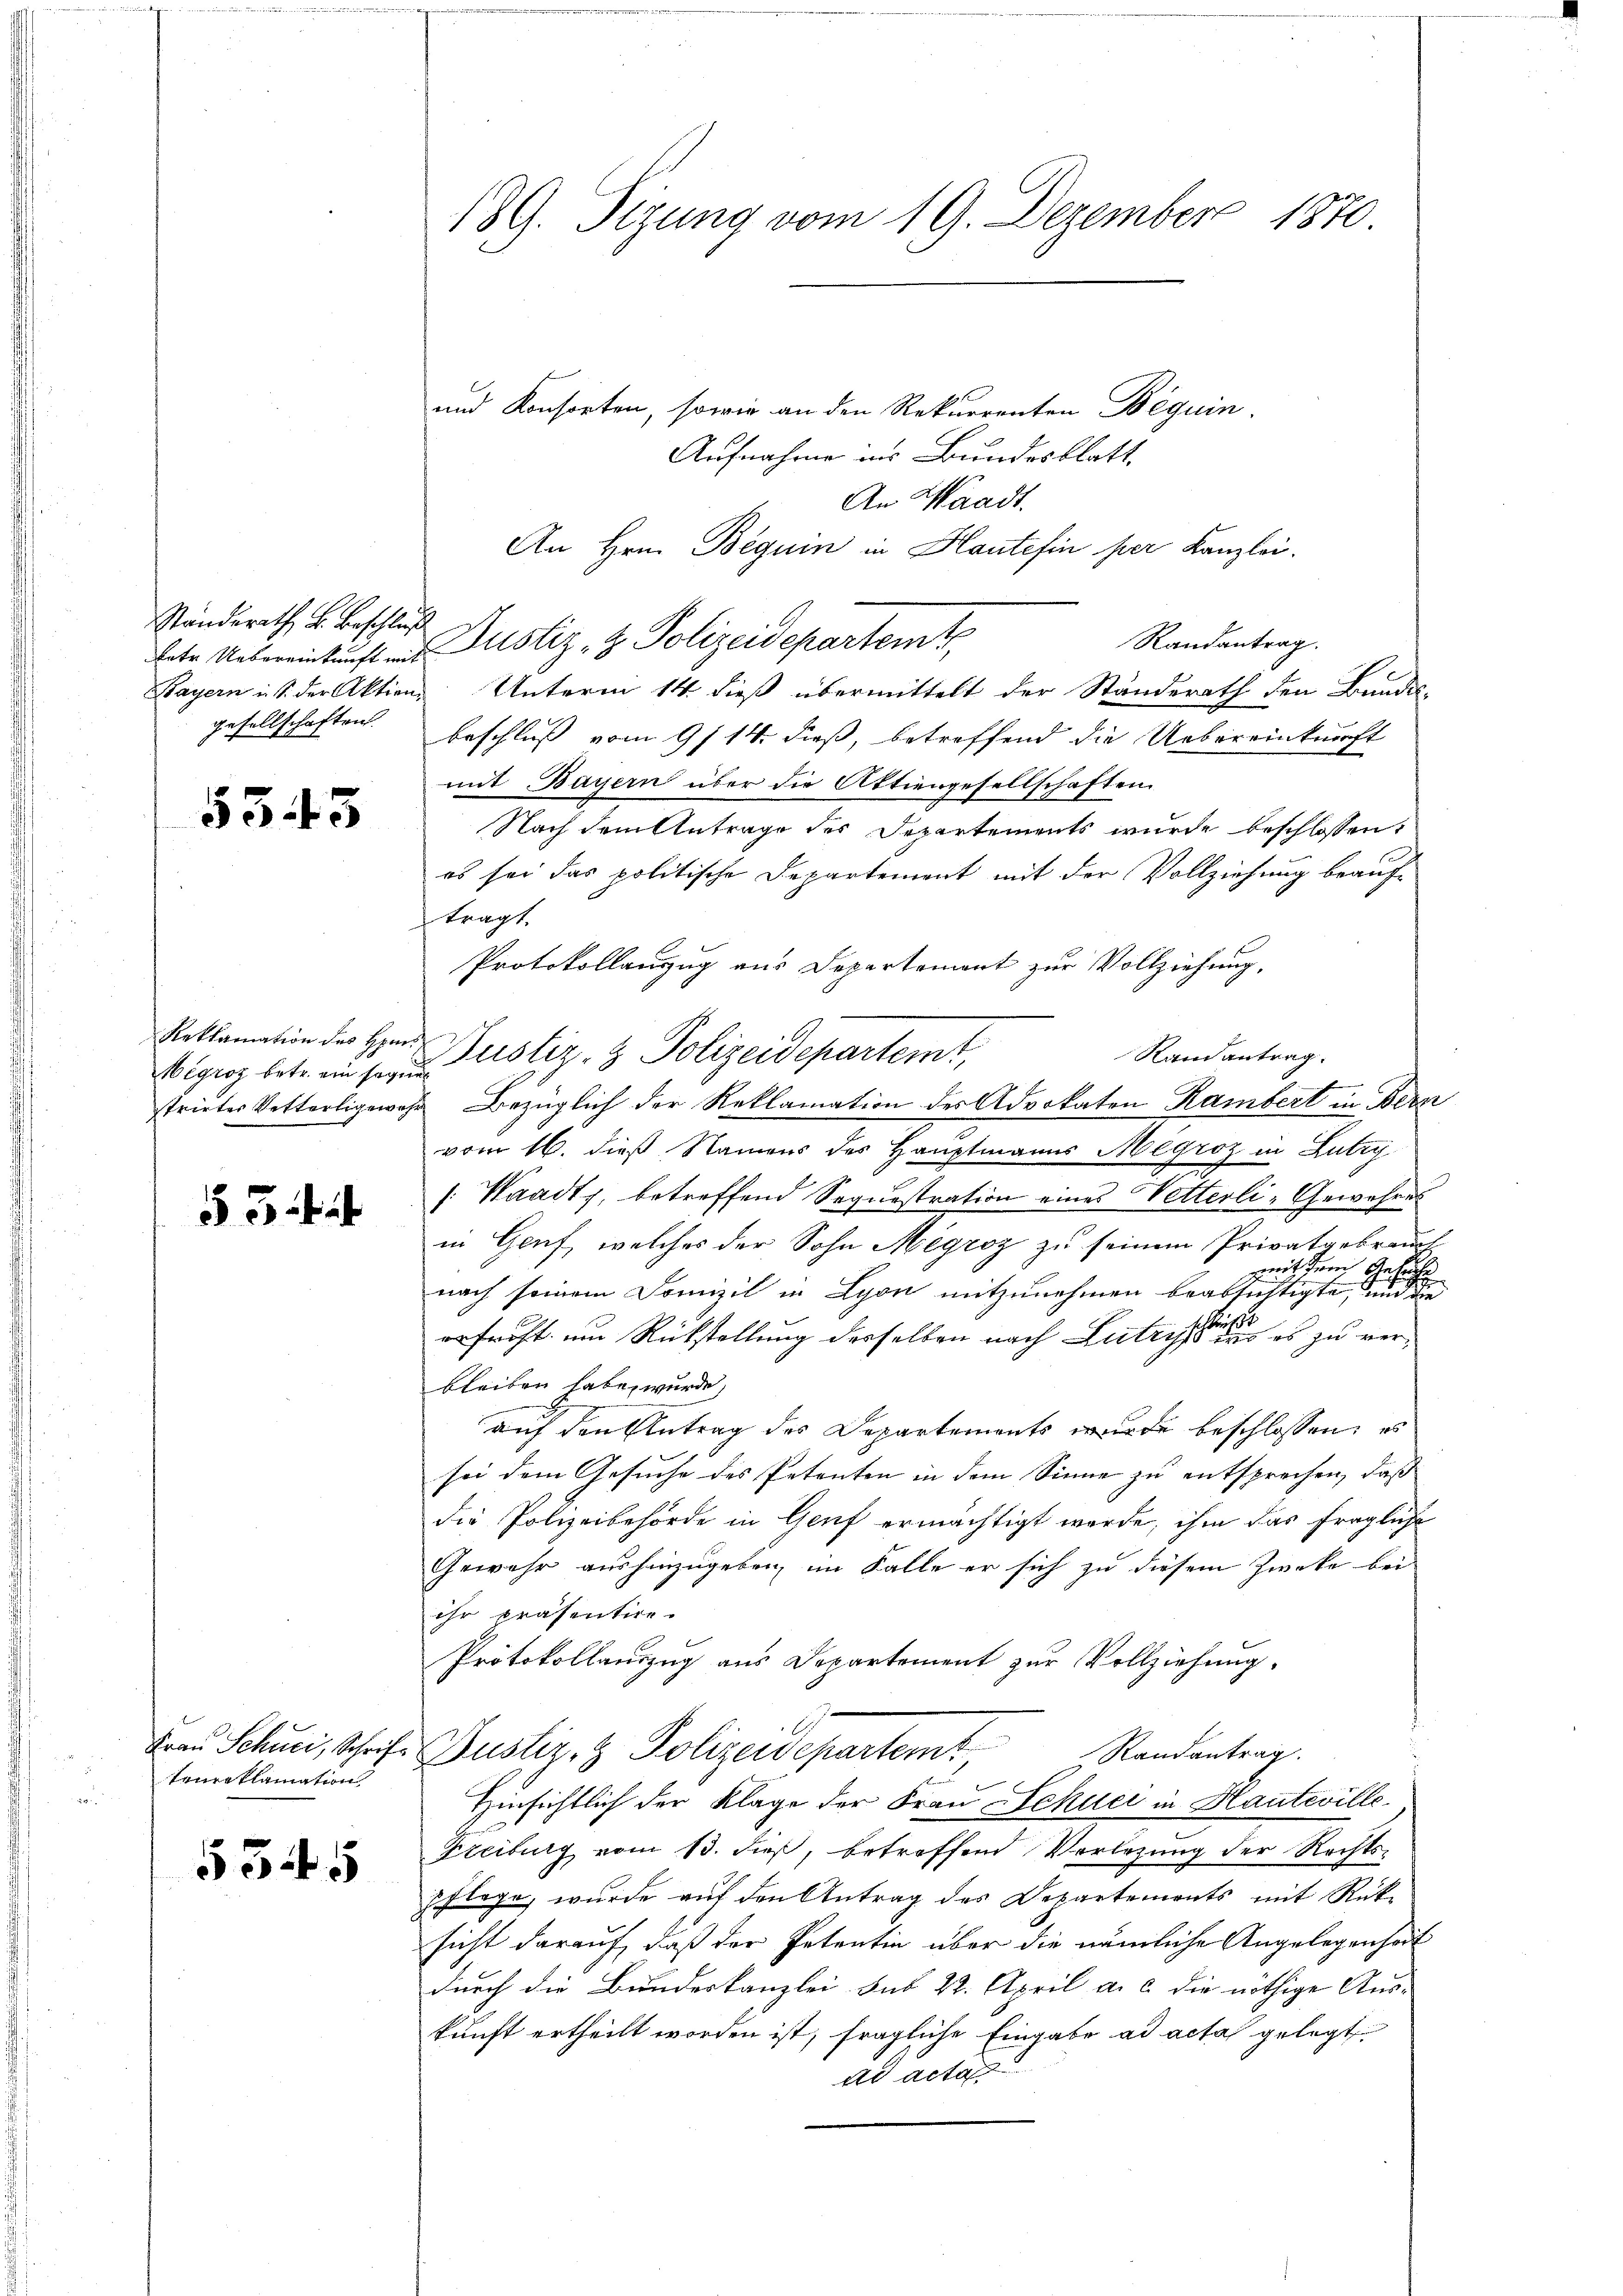
Ständerath B. Beschluss
Bayern in s. der Aktien

5343

Reklamation des Herrs

554

tenreklamation

535

189. Sizung vom 19. Dezember 1870.

und Konsorten, sowie an den Rekurrenten Beguin
Aufnahme ins Bundesblatt
An Waadt.
An Hrn. Beguin in Haute fin per Kanzlei.
Randantrag.
lete Uebereinkunft ans Justiz- & Polizeidepartemt
Unterm 14. dieß übermittelt der Ständerath den Bundes-
gesellschaften. Beschluß vom 9/14. dieß, betreffend die Uebereinkunft
mit Bayern über die Aktiengesellschaften.
Nach dem Antrage des Departements wurde beschlossen:
es sei das politische Departement mit der Vollziehung beauftragt.
Protokollanzug aus Departement zur Vollziehung,
Randantrag.
Migroz betr. an sie Justiz- & Polizeidepartemt,
strirtes Vetterligewahr Bezüglich der Reklamation des Advokaten Rambert in Bern
vom 16. dieß Namens des Hauptmanns Megroz in Lutry
/: Waadt, betreffend Sequestration eines Vetterli-Gewesens
in Genf, welches der Sohn Megroz zu seinem Privatgebrauch
mit dem Gesuche
nach seinem Domizil in Lyon mitzunehmen beabsichtigte, und die
schaft
erfroht, um Rückstellung desselben nach Lutrys des es zu verbleiben habe, wurde,
auf den Antrag des Departements wurde beschlossen: es
sei dem Gesuche des Petenten in dem Sinne zu entsprechen, daß
die Polizeibehörde in Genf ermächtigt werde, ihm das fragliche
Gewehr aushinzugeben, im Falle er sich zu diesem Zwecke bei
ihr präsentire.
Protokollauszug aus Departement zur Vollziehung.
Frau Schnei, Schrift Gustiz- & Polizeidepartemt
Randantrag.
Hinsichtlich der Klage der Frau Schuci in Hautwille
Freiburg vom 13. dieß, betreffend Vorlegung der Rechtspflege, wurde auf den Antrag des Departements mit Rücksicht darauf, daß der Petentin über die nämliche Angelegenheit
durch die Bundeskanzlei bis 22. April a. c. die nöthige Aus-
kunft ertheilt worden ist, fragliche Eingabe ad acta gelegt
ad acta